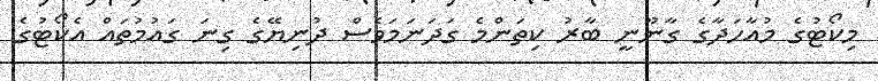
މިކޯޓުގެ މުއާހަދާގެ ގާނޫނީ ބާރު ކިތަންމެ ގަދަނަމަވެސް ދުނިޔޭގެ ގިނަ ގައުމުތައް އެކޯޓުގެ